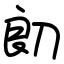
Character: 㓪